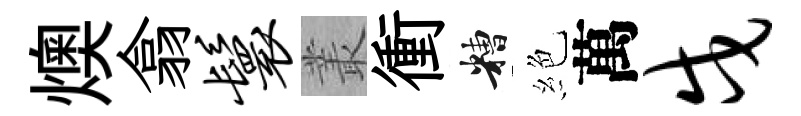
燠翕鬟叢衝糟絶萬戍